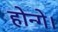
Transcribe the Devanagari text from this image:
होन्गे।